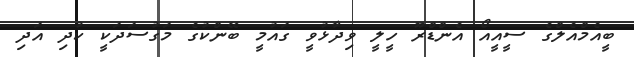
ބީއެމްއެލްގެ ސީއީއޯ އެންޑްރޫ ހީލީ ވިދާޅުވީ ގައުމީ ބޭންކުގެ މަގުސަދަކީ ކުދި އަދި